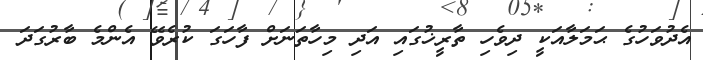
އެދުވަހުގެ ޙަމަލާއަކީ ދިވެހި ތާރީޚުގައި އަދި މިހާތަނަށް ފާހަގަ ކުރެވޭ އެންމެ ބާރުގަދަ